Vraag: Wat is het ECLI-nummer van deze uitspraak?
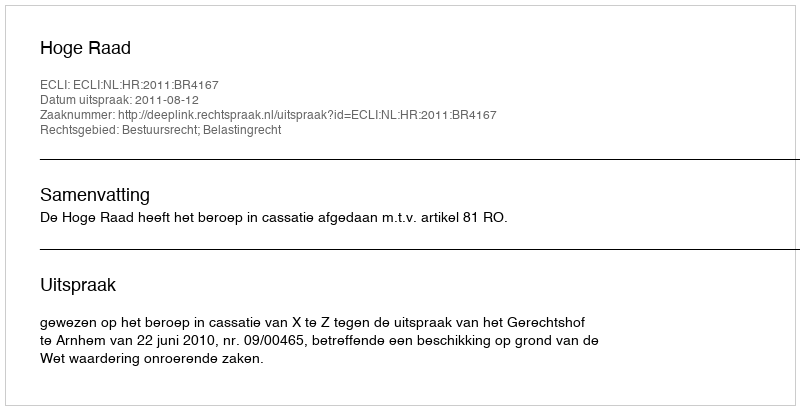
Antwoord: ECLI:NL:HR:2011:BR4167